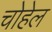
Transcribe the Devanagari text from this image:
चोहेल